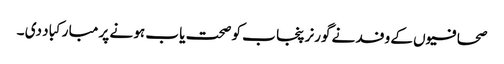
صحافیو ں کے وفد نے گورنر پنجا ب کو صحت یا ب ہو نے پر مبا رکبا د دی ۔